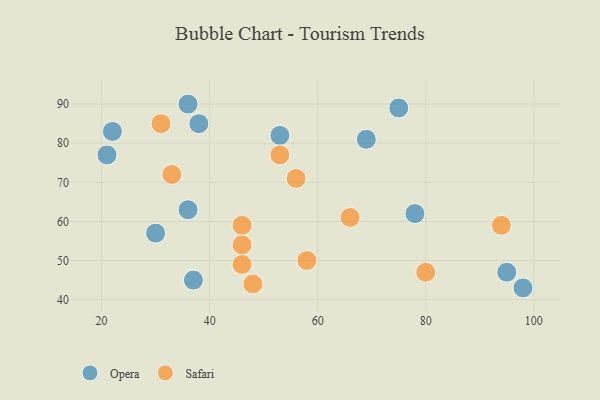
{"axis": {"x": "GDP", "y": "Life Expectancy"}, "legend": ["Opera", "Safari"], "data": [{"x": "22", "y": 83, "type": "Opera"}, {"x": "30", "y": 57, "type": "Opera"}, {"x": "98", "y": 43, "type": "Opera"}, {"x": "95", "y": 47, "type": "Opera"}, {"x": "38", "y": 85, "type": "Opera"}, {"x": "78", "y": 62, "type": "Opera"}, {"x": "21", "y": 77, "type": "Opera"}, {"x": "37", "y": 45, "type": "Opera"}, {"x": "75", "y": 89, "type": "Opera"}, {"x": "53", "y": 82, "type": "Opera"}, {"x": "36", "y": 63, "type": "Opera"}, {"x": "36", "y": 90, "type": "Opera"}, {"x": "69", "y": 81, "type": "Opera"}, {"x": "66", "y": 61, "type": "Safari"}, {"x": "46", "y": 59, "type": "Safari"}, {"x": "33", "y": 72, "type": "Safari"}, {"x": "58", "y": 50, "type": "Safari"}, {"x": "94", "y": 59, "type": "Safari"}, {"x": "31", "y": 85, "type": "Safari"}, {"x": "46", "y": 54, "type": "Safari"}, {"x": "48", "y": 44, "type": "Safari"}, {"x": "46", "y": 49, "type": "Safari"}, {"x": "80", "y": 47, "type": "Safari"}, {"x": "56", "y": 71, "type": "Safari"}, {"x": "53", "y": 77, "type": "Safari"}]}